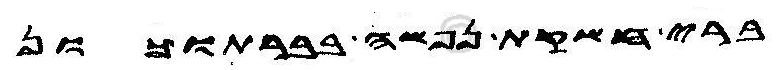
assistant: ברי חשקת נפשה בברתוכון